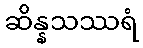
ဆိန္နသဿရံ